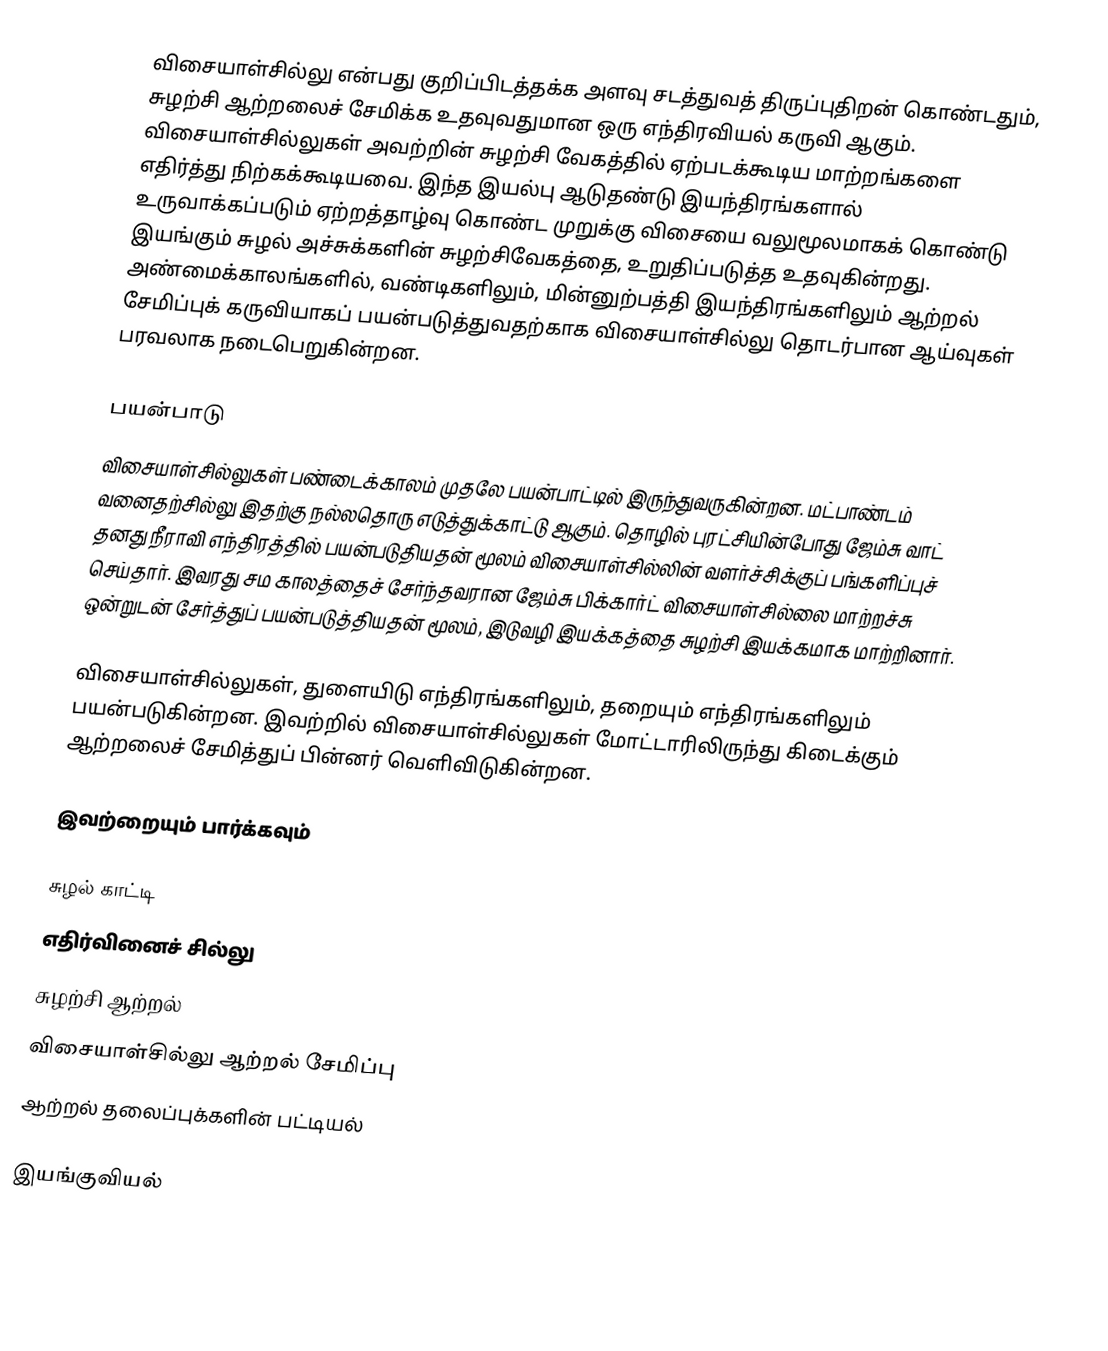
விசையாள்சில்லு என்பது குறிப்பிடத்தக்க அளவு சடத்துவத் திருப்புதிறன் கொண்டதும், சுழற்சி ஆற்றலைச் சேமிக்க உதவுவதுமான ஒரு எந்திரவியல் கருவி ஆகும். விசையாள்சில்லுகள் அவற்றின் சுழற்சி வேகத்தில் ஏற்படக்கூடிய மாற்றங்களை எதிர்த்து நிற்கக்கூடியவை. இந்த இயல்பு ஆடுதண்டு இயந்திரங்களால் உருவாக்கப்படும் ஏற்றத்தாழ்வு கொண்ட முறுக்கு விசையை வலுமூலமாகக் கொண்டு இயங்கும் சுழல் அச்சுக்களின் சுழற்சிவேகத்தை, உறுதிப்படுத்த உதவுகின்றது. அண்மைக்காலங்களில், வண்டிகளிலும், மின்னுற்பத்தி இயந்திரங்களிலும் ஆற்றல் சேமிப்புக் கருவியாகப் பயன்படுத்துவதற்காக விசையாள்சில்லு தொடர்பான ஆய்வுகள் பரவலாக நடைபெறுகின்றன.

பயன்பாடு
விசையாள்சில்லுகள் பண்டைக்காலம் முதலே பயன்பாட்டில் இருந்துவருகின்றன. மட்பாண்டம் வனைதற்சில்லு இதற்கு நல்லதொரு எடுத்துக்காட்டு ஆகும். தொழில் புரட்சியின்போது ஜேம்சு வாட் தனது நீராவி எந்திரத்தில் பயன்படுதியதன் மூலம் விசையாள்சில்லின் வளர்ச்சிக்குப் பங்களிப்புச் செய்தார். இவரது சம காலத்தைச் சேர்ந்தவரான ஜேம்சு பிக்கார்ட் விசையாள்சில்லை மாற்றச்சு ஒன்றுடன் சேர்த்துப் பயன்படுத்தியதன் மூலம், இடுவழி இயக்கத்தை சுழற்சி இயக்கமாக மாற்றினார்.

விசையாள்சில்லுகள், துளையிடு எந்திரங்களிலும், தறையும் எந்திரங்களிலும் பயன்படுகின்றன. இவற்றில் விசையாள்சில்லுகள் மோட்டாரிலிருந்து கிடைக்கும் ஆற்றலைச் சேமித்துப் பின்னர் வெளிவிடுகின்றன.

இவற்றையும் பார்க்கவும்

 சுழல் காட்டி
 எதிர்வினைச் சில்லு
 சுழற்சி ஆற்றல்
 விசையாள்சில்லு ஆற்றல் சேமிப்பு
 ஆற்றல் தலைப்புக்களின் பட்டியல்

இயங்குவியல்